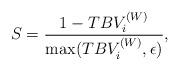
LaTeX: \begin{align*}S=\dfrac{1-TBV_{i}^{(W)}}{\max(TBV_{i}^{(W)},\epsilon)},\end{align*}